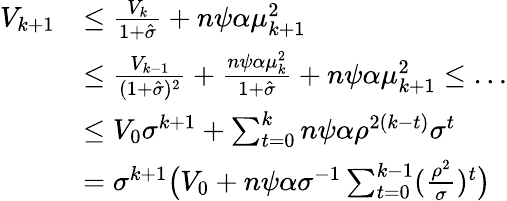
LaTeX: \begin{array}{rl}{V_{k+1}}&{\leq\frac{V_{k}}{1+\hat{\sigma}}+n\psi\alpha\mu_{k+1}^{2}}\\ &{\leq\frac{V_{k-1}}{(1+\hat{\sigma})^{2}}+\frac{n\psi\alpha\mu_{k}^{2}}{1+\hat{\sigma}}+n\psi\alpha\mu_{k+1}^{2}\leq\dots}\\ &{\leq V_{0}\sigma^{k+1}+\sum_{t=0}^{k}{n\psi\alpha\rho^{2(k-t)}}\sigma^{t}}\\ &{=\sigma^{k+1}\big(V_{0}+n\psi\alpha\sigma^{-1}\sum_{t=0}^{k-1}(\frac{\rho^{2}}{\sigma})^{t}\big)}\end{array}